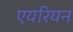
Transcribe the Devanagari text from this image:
एयरियन